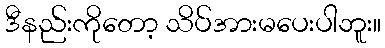
ဒီနည်းကိုတော့ သိပ်အားမပေးပါဘူး။